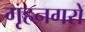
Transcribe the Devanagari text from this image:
गृहनगरों